Civil Veterinary Dept. Assam report 1927-50 - 1927-1950
Year: 1927
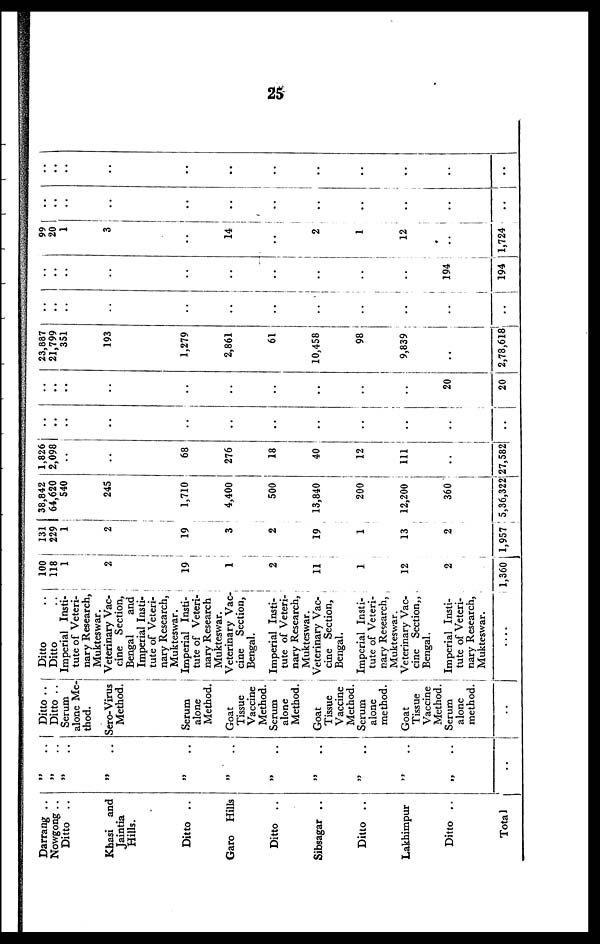
25
Darrang ..
Nowgong ..
Ditto ..
Khasi and
Jaintia
Hills.
Ditto ..
Garo Hills
Ditto ..
Sibsagar ..
Ditto ..
Lakhimpur
Ditto ..
Total
„ ..
„ ..
„ ..
„ ..
„ ..
„ ..
„ ..
„ ..
„ ..
„ ..
„ ..
..
Ditto ..
Ditto ..
Serum
alone Me
thod.
Sero-Virus
Method.
Serum
alone
Method.
Goat
Tissue
Vaccine
Method.
Serum
alone
Method.
Goat
Tissue
Vaccine
Method.
Serum
alone
method.
Goat
Tissue
Vaccine
Method.
Serum
alone
method.
..
Ditto
Ditto
Imperial Insti
tute of Veteri
nary Research,
Mukteswar.
Veterinary Vac
cine Section,
Bengal
and
Imperial Insti
tute of Veteri
nary Research,
Mukteswar.
Imperial Insti
tute of Veteri
nary Research
Mukteswar.
Veterinary Vac
cine Section,
Bengal.
Imperial Insti
tute of Veteri
nary Research,
Mukteswar.
Veterinary Vac
cine Section,
Bengal.
Imperial Insti-
tute of Veteri
nary Research,
Mukteswar.
Veterinary Vac
cine Section,
Bengal.
Imperial Insti
tute of Veteri
nary Research,
Mukteswar.
....
100
118
1
2
19
1
2
11
1
12
2
■
1,360
131
229
1
2
19
3
2
19
1
13
2
1,957
38,842
64,620
540
245
1,710
4,400
500
13,840
200
12,200
360
5,36,322
1,826
2,098
..
..
68
276
18
40
12
111
..
i
27,582
..
..
..
..
..
..
..
..
..
..
i
..
..
..
..
..
..
..
..
..
..
..
..
20
20
23,887
21,799
351
193
1,279
2,861
61
10,458
98
9,839
..
2,78,618
..
..
..
..
..
..
..
..
..
..
..
..
..
..
..
..
..
..
..
..
..
..
194 |
194
99
20
1
3
..
14
..
2
1
12
..
1,724
..
..
..
..
..
..
..
..
..
..
..
..
..
..
..
..
..
..
..
..
..
...
..
..